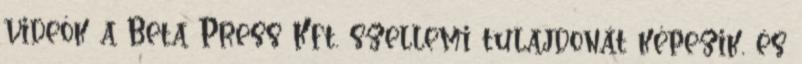
videók a Beta Press Kft. szellemi tulajdonát képezik, és